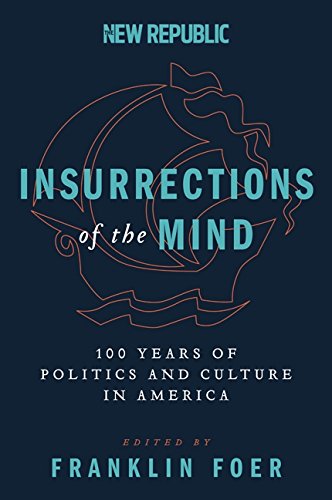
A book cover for Insurrections of the Mind: 100 Years of Politics and Culture in America; Franklin Foer; History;